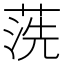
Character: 𱽽